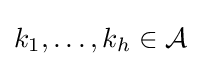
k_{1},\ldots ,k_{h}\in {\mathcal {A}}